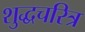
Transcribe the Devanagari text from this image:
शुद्धचरित्र